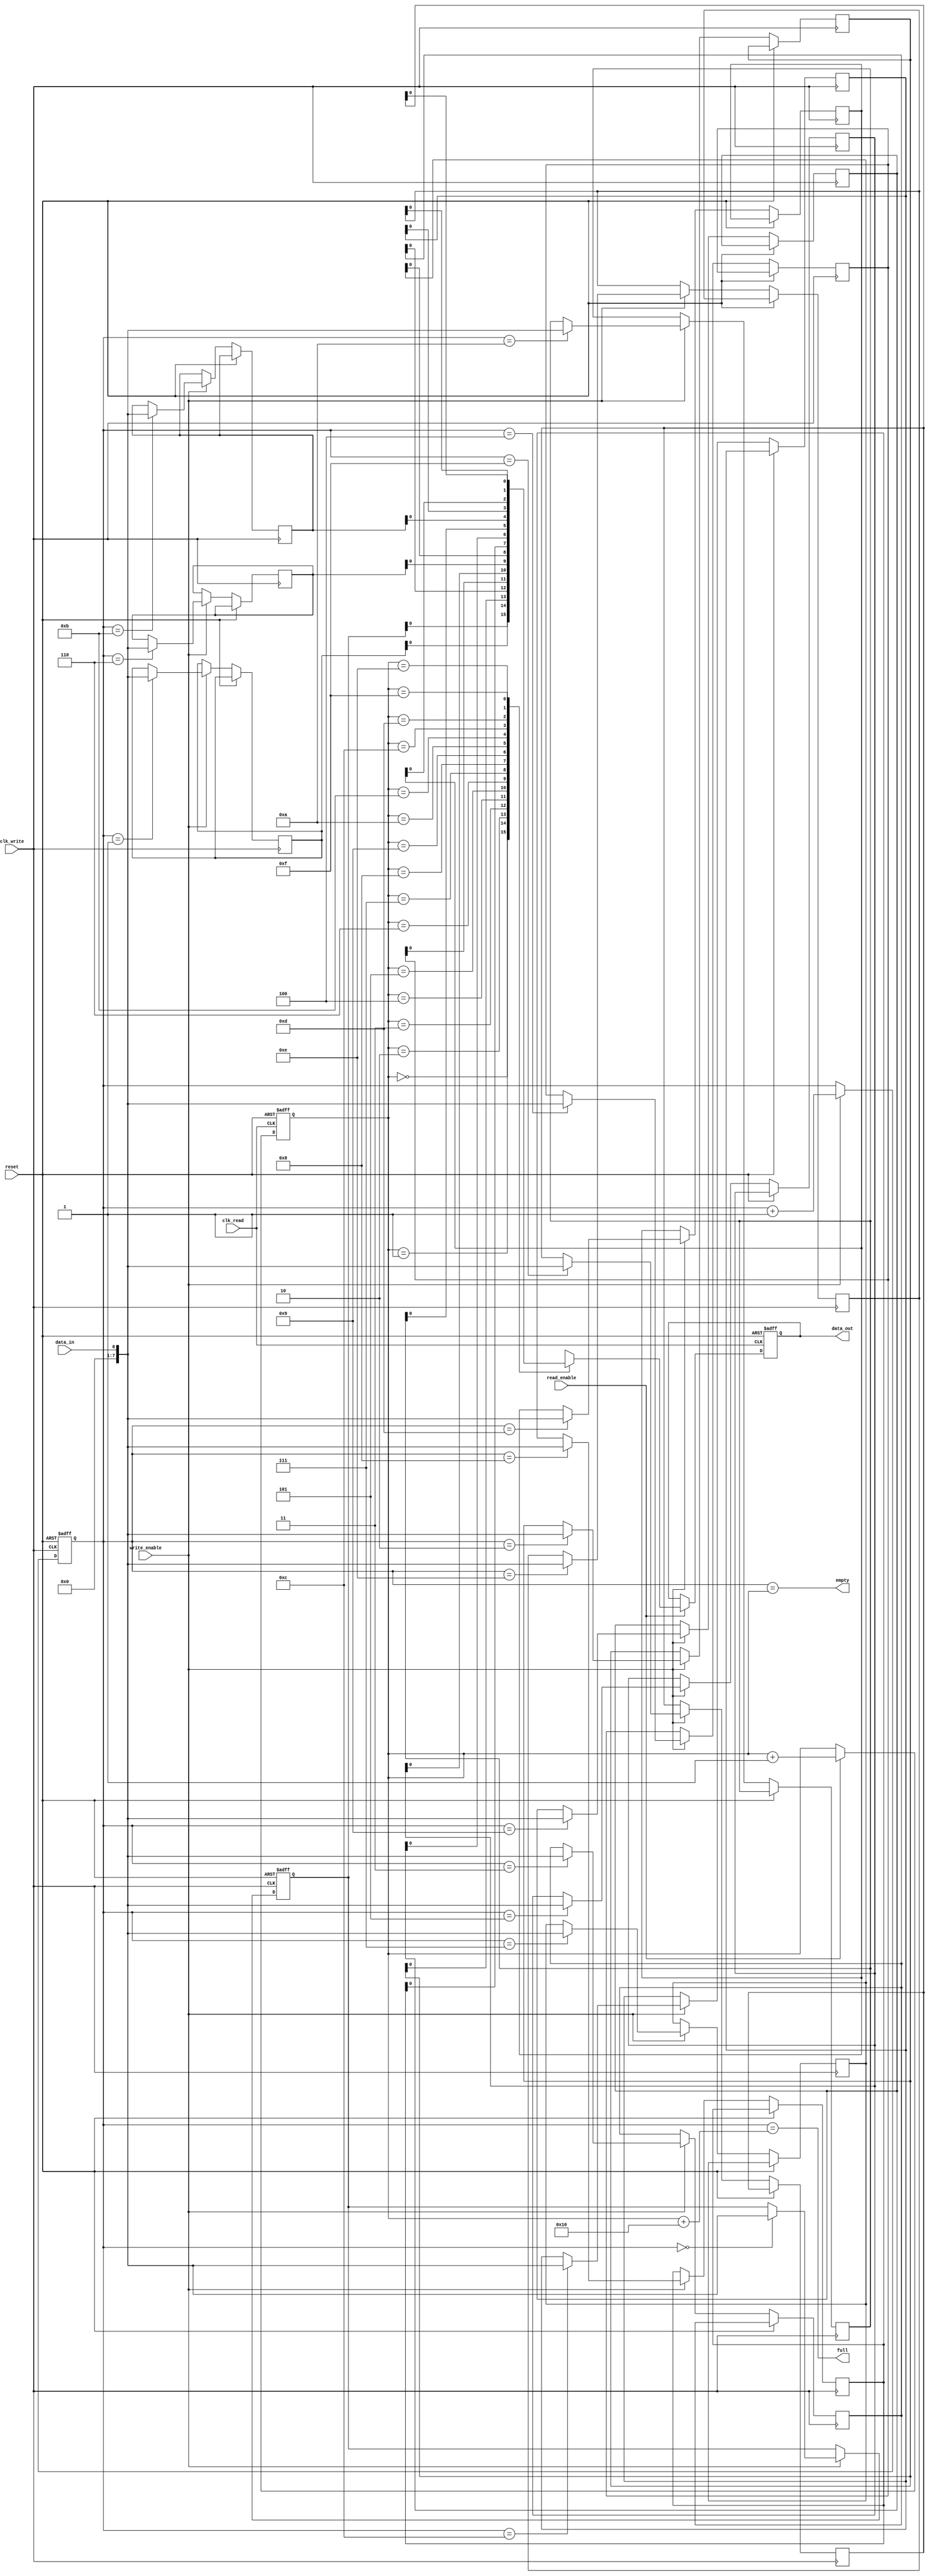
module asynchronous_fifo (
  input wire clk_write,
  input wire clk_read,
  input wire reset,
  input wire write_enable,
  input wire read_enable,
  input wire data_in,
  output reg data_out,
  output wire full,
  output wire empty
);

parameter FIFO_DEPTH = 16;
reg [7:0] fifo [0:FIFO_DEPTH-1];
reg [3:0] write_ptr;
reg [3:0] read_ptr;

always @ (posedge clk_write or posedge reset)
begin
  if (reset)
    write_ptr <= 0;
  else if (write_enable)
    write_ptr <= write_ptr + 1;
end

always @ (posedge clk_read or posedge reset)
begin
  if (reset)
    read_ptr <= 0;
  else if (read_enable)
    read_ptr <= read_ptr + 1;
end

always @ (posedge clk_write or posedge reset)
begin
  if (reset)
    fifo[0] <= 0;
  else if (write_enable)
    fifo[write_ptr] <= data_in;
end

always @ (posedge clk_read or posedge reset)
begin
  if (reset)
    data_out <= 0;
  else if (read_enable)
    data_out <= fifo[read_ptr];
end

assign full = (write_ptr == read_ptr + FIFO_DEPTH);
assign empty = (write_ptr == read_ptr);

endmodule